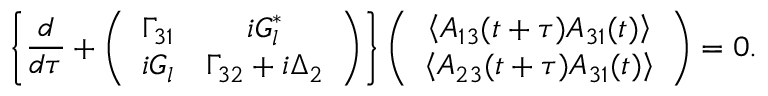
\left\{ \frac { d } { d \tau } + \left( \begin{array} { c c } { \Gamma _ { 3 1 } } & { i G _ { l } ^ { * } } \\ { i G _ { l } } & { \Gamma _ { 3 2 } + i \Delta _ { 2 } } \end{array} \right) \right\} \left( \begin{array} { c } { \left\langle A _ { 1 3 } ( t + \tau ) A _ { 3 1 } ( t ) \right\rangle } \\ { \left\langle A _ { 2 3 } ( t + \tau ) A _ { 3 1 } ( t ) \right\rangle } \end{array} \right) = 0 .